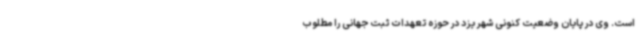
است. وی در پایان وضعیت کنونی شهر یزد در حوزه تعهدات ثبت جهانی را مطلوب